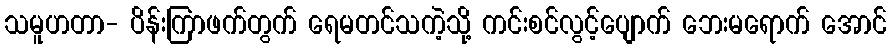
သမူဟတာ- ပိန်းကြာဖက်တွက် ရေမတင်သကဲ့သို့ ကင်းစင်လွင့်ပျောက် ဘေးမရောက် အောင်